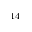
^ { 1 4 }